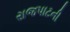
રાજપાટની